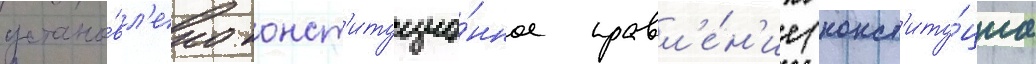
устано́вл'ено конст'итуцио́нное правл'е́н'ие (конст'иту́циа